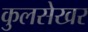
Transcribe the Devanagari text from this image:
कुलसेखर